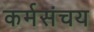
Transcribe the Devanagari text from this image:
कर्मसंचय